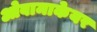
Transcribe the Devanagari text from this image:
ओबामाकेयर